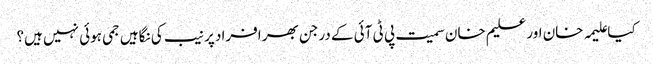
کیا علیمہ خان اور علیم خان سمیت پی ٹی آئی کے درجن بھر افراد پر نیب کی نگاہیں جمی ہوئی نہیں ہیں؟